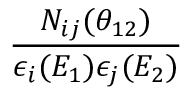
\frac { N _ { i j } ( \theta _ { 1 2 } ) } { \epsilon _ { i } ( E _ { 1 } ) \epsilon _ { j } ( E _ { 2 } ) }